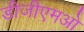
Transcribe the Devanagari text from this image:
डीजीएमओ